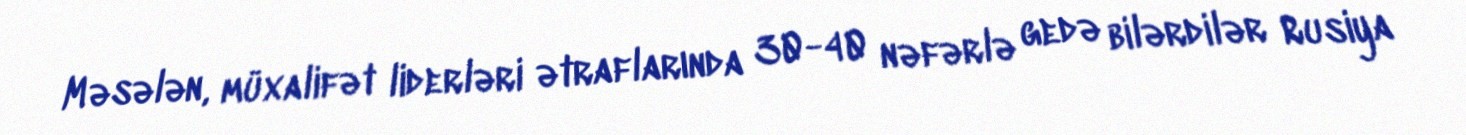
Məsələn, müxalifət liderləri ətraflarında 30-40 nəfərlə gedə bilərdilər Rusiya